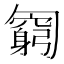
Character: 𠤊